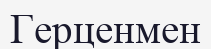
Герценмен